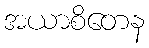
အယာစိတေန